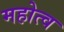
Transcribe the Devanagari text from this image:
महोत्व